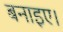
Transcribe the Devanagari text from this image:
बनाइए।